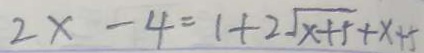
2 x - 4 = 1 + 2 \sqrt { x + 5 } + x + 5